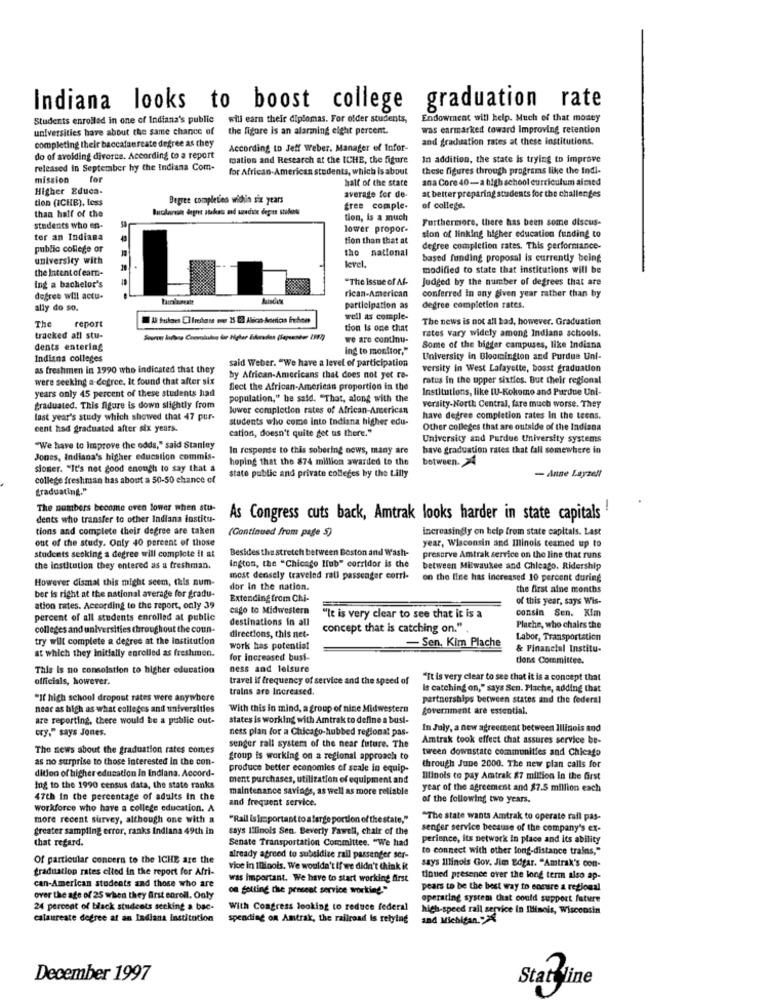
Indiana looks to boost college
graduation rate
Students enrolled in one of Indiana's public
will earn their diplomas. For older students,
Endowment will help. Much of that money
universities have about the same chance of
the figure is an alarming eight percent.
was earmarked toward Improving retention
and graduation rates at these institutions.
completing their baccalaureate degree as chey
According to Jeff Weber. Manager of Infor-
do of avoiding divorce. According to a report
mation and Research at the ICHE, the figure
In addition, the state is trying to improve
released in September by the Indiana Com-
for African-American students, which is about
these figures through programs like the Indi-
mission
for
half of the state
ana Core 40-a high school curriculum aimed
Higher Educa-
tion (ICHE), less
Degree completies within six years
average for de-
at better preparing students for the challenges
than half of the
free comple-
of college.
tion, is a much
Furthermore, there has been some discus-
students who en-
lower propor-
tor an Indiana
tion than that at
sion of linking higher education funding to
public college or
the national
degree completion rates. This performance-
university with
based funding proposal is currently being
the Intent of earn-
level.
modified to state that institutions will be
"The Issue of Af-
Judged by the number of degrees that are
ing a bachelor's
rican-American
degree will accu-
conferred In any given year rather than by
ally do so.
participation as
degree completion rates.
The
report
well as comple-
The news is not all bad, however. Graduation
tion is one chat
rates vary widely among Indiana schools.
tracked all stu-
we are continu-
dents entering
ing to monitor,"
Some of the bigger campuses, like Indiana
Indiana colleges
said Weber. "We have a level of participation
University in Bloomington and Purdue Uni-
as freshmen in 1990 who indicated that they
versity in West Lafayette, boast graduation
were seeking a-degree. it found that after six
by African-Americans that does not yet re-
ratus In the upper sixties. But their regional
years only 45 percent of these students had
flect the African-American proportion in the
Institutions, like [U-Kokomo and Purdue Uni-
population," he said. "That, along with the
graduated. This figure is down slightly from
lower completion rates of African-American
versity-North Central, fare much worse. They
last year's study which showed that 47 pur-
students who come into Indiana higher edu-
have degree completion rates In the teens.
cent had graduated after six years.
Other colleges that are outside of the Indiana
cation, doesn't quite get us there."
University and Purdue University systems
"We have to improve the odds," said Stanley
In response to this sobering news, many are
have graduation rates that fall somewhere in
Jones, Indiana's higher education commis-
hoping that the 874 million awarded to the
between. 4
sjoner. "It's net good enough to say that a
- Anne Layzelt
college freshman has about a 50-50 chance of
state public and private colleges by the Lilly
graduating."
The numbers become oven lower when stu-
dents who transfer to other Indiana institu-
As Congress cuts back, Amtrak looks harder in state capitals
tions and complete their degree are taken
(Continued from page 5)
increasingly on help from state capitals. Last
out of the study. Only 40 percent of those
year, Wisconsin and Illinois teamed up to
students seoking a degree will complete it at
Besides the stretch between Boston and Wash-
preserve Amtrak service on the line that runs
the institution they entered as a freshman.
ington, the "Chicago Hub" corridor is the
between Milwaukee and Chicago. Ridership
However dismal this might seem, this num-
most densely traveled rall passenger corri-
on the line has increased 10 percent during
dor In the nation.
the first aine months
ber is right at the national average for gradu-
Extending from Chi-
of this year, says Wis-
ation rates. According to the report, only 39
cago to Midwestern
consin Sen. Kim
percent of all students enrolled at public
destinations in all
"It is very clear to see that it is a
colleges and universities throughout the coun-
concept that is catching on."
Plache, who chairs the
try will complete a degree at the institution
directions, this net-
-Sen. Kim Plache
Labor, Transportation
at which they initially enrolled as freshmen.
work has potential
& Financial Institu-
for Increased busi-
tlons Committee.
This Is no consolation to higher education
ness and leisure
officials, however.
travel if frequency of service and the speed of
"It is very clear to see that it is a concept that
trains are Increased.
Is catching on," says Sen. Plache, adding that
"If high school dropout rates were anywhere
partnerships between states and the federal
near as high as what colleges and universities
With this in mind, a group of nine Midwestern
government are essential.
are reporting, there would be a public out-
states is working with Amtrak to define a bust-
cry," says Jones.
ness plan for a Chicago-hubbed regional pas-
In July, a new agreement between Illinois and
senger rall system of the near future. The
Amtrak took effect that assures service be-
The news about the graduation rates comes
tween downstate communities and Chicago
as no surprise to those interested in the con-
group is working on a regional approach to
dition of higher education in Indiana. Accord-
produce better economies of scale in equip-
through June 2000. The new plan calls for
ment purchases, utilization of equipment and
Illinois to pay Amtrak 87 million in the first
Ing to the 1990 census data, the state ranks
maintenance savings, as well as more reliable
year of the agreement and $7.5 million each
47th in the percentage of adults In the
and frequent service.
of the following two years.
workforce who have a college education. A
more recent survey, although one with a
"Rail is Important to a large portion of the state,"
"The state wants Amtrak to operate rail pas-
greater sampling error, ranks Indiana 49th in
says Illinois Sen. Beverly Fawell, chair of the
senger service because of the company's ex-
that regard.
Senate Transportation Committee. "We had
perience, its network in place and its ability
to connect with other long-distance trains,"
Of particular concern to the ICHE are the
already agreed to subsidize rail passenger ser-
says Illinois Gov. Jim Edgar, "Amtrak's con-
graduation rates cited in the report for Afri-
vice in Illinois. We wouldn't if we didn't think it
can-American students and those who are
was important. We have to start working first
tiqued presence over the long term also ap-
on getting the present service working."
pears to be the best way to ensure a regional
over the age of 25 when they first enrell. Only
operating system that could support future
24 percent of black students seeking a bac-
With Congress looking to reduce federal
high-speed rail service in Illinois, Wisconsin
calaureate degree at an Indians Institution
spending on Amtrak, the railroad is relying
and Michigan."
December 1997
Stat? line